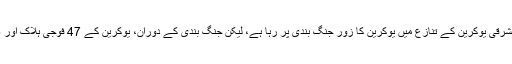
اُنھوں نے یاد دلایا کہ مشرقی یوکرین کے تنازع میں یوکرین کا زور جنگ بندی پر رہا ہے، لیکن جنگ بندی کے دوران، یوکرین کے 47 فوجی ہلاک اور 65 زخمی ہوچکے ہیں۔